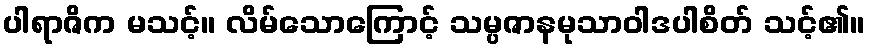
ပါရာဇိက မသင့်။ လိမ်သောကြောင့် သမ္ပဇာနမုသာဝါဒပါစိတ် သင့်၏။